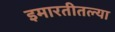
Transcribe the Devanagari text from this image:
इमारतीतल्या